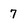
Character: 7